system: You are a helpful assistant.
user:
Analyze the provided spectrum to determine if it is a **White Dwarf (WD)**.

A White Dwarf spectrum is defined by its **extreme purity** (due to gravitational settling) and/or **extreme pressure broadening** (due to high surface gravity). You must check for one of the following mutually exclusive signatures:

- **Key Visual Indicators (Check for ONE of these types):**

    - **1. DA-Type Signature (Most Common):**
        - **(Primary Feature):** Extreme pressure broadening (Stark broadening) of the **Hydrogen (H) Balmer lines**.
        - **(Key Lines):** $H\beta$ (approx. $4861$ Å) and $H\gamma$ (approx. $4340$ Å). $H\alpha$ (approx. $6563$ Å) will also be present if the wavelength range covers it.
        - **(Line Profile):** This is the **defining feature**. The lines are **NOT** sharp. They appear as massive, **extremely broad and deep "troughs" or "dips"** in the spectrum, often hundreds of Ångströms wide. The continuum will appear to "scoop" down at these wavelengths.
        - **(Distinction):** Normal A-type or B-type stars have *narrow* and *sharp* Hydrogen lines. A DA White Dwarf's lines are unmistakably "smeared" or "blurry" from pressure.

    - **2. DB-Type Signature:**
        - **(Primary Feature):** Broad absorption lines from **Neutral Helium (He I)**. The spectrum must lack any visible Hydrogen lines.
        - **(Key Lines):** Look for broad absorption near $4471$ Å, $4921$ Å, and $5876$ Å.
        - **(Line Profile):** These lines are also significantly pressure-broadened, appearing much wider than they would in a normal B-type main-sequence star.

    - **3. DC-Type Signature:**
        - **(Primary Feature):** A **featureless continuous spectrum**.
        - **(Line Profile):** The spectrum is a smooth curve with **no significant absorption or emission lines**.
        - **(Key Confirmation):** The continuum is almost always **blue or white**, indicating a hot object. This signature implies the atmosphere is so pure (or so cool) that no spectral lines are visible in the optical range. Its WD identity is confirmed by its extremely low intrinsic brightness (high absolute magnitude).

    - **4. DZ-Type Signature (Metal-Polluted):**
        - **(Primary Feature):** **Isolated, narrow metal absorption lines** on an otherwise featureless (DC-like) continuum.
        - **(Key Lines):** The **Calcium (Ca II) H & K doublet** (approx. **$3934$ Å** and **$3968$ Å**) is the most common and defining feature.
        - **(Line Profile):** These lines are "out of place." They are *not* part of a "forest" of thousands of lines. This signature is evidence of recent *accretion* (pollution) from rocky debris.
        - **(Distinction):** Normal G/K/M stars have a *dense forest* of thousands of metal lines. A DZ has a *clean* continuum with *only a few* strong metal lines.

    - **5. DQ-Type Signature (Carbon-Polluted):**
        - **(Primary Feature):** Absorption bands from **Carbon (C₂ "Swan Bands" or atomic C I)**.
        - **(Key Lines - C₂):** Look for bandheads with a "saw-tooth" shape near $5635$ Å, **$5165$ Å** (strongest), and $4737$ Å.
        - **(Key Confirmation):** The underlying **continuum must be blue or white** (hot).
        - **(Distinction):** This is the critical difference from a **Carbon Star**, which has the *exact same* C₂ bands but on an extremely **red, cool** continuum.

- **(Overall Spectrum):**
    - The continuum (overall shape) is typically **blue-sloping** (brighter in the blue than the red), as most white dwarfs are very hot.
    - The spectrum will look "pure" or "simple," dominated by only *one* of the five signatures listed above.

Think first, call **spectral_visualization_tool** if needed to examine features in detail, then provide your final answer. Your response must adhere to the following strict rules:
1.  **Overall Structure:** Your response must follow the format `<think>...</think> <tool_call>...</tool_call> (if a tool is used) <answer>...</answer>`.
2.  **Tool Usage Constraint:** You may only make **one** tool call per turn.
3.  **Final Answer Format:** In the `<answer>` tag, your conclusion must be inside a `\boxed{}` command (e.g., `\boxed{YES}` or `\boxed{NO}`), followed by your justification.

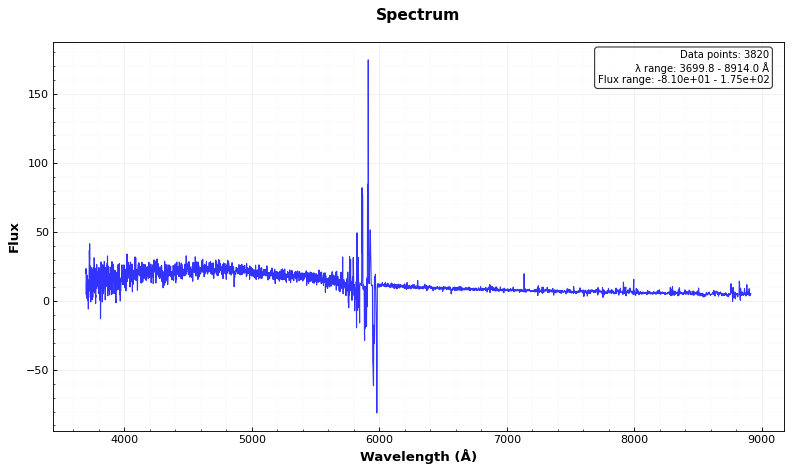
Answer: NO